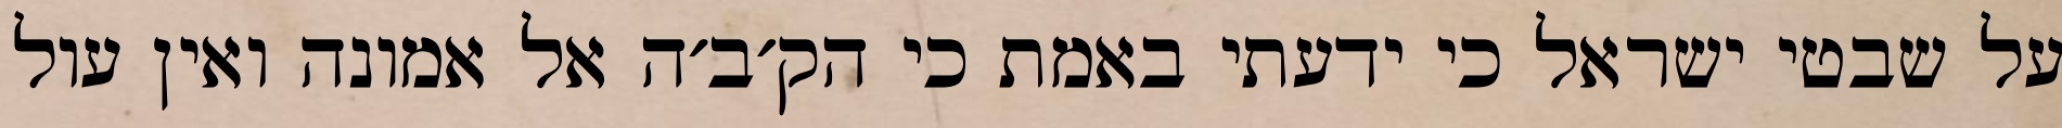
על שבטי ישראל כי ידעתי באמת כי הק׳ב׳ה אל אמונה ואין עול